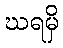
ဃရမှိ